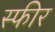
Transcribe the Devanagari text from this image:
स्फीर